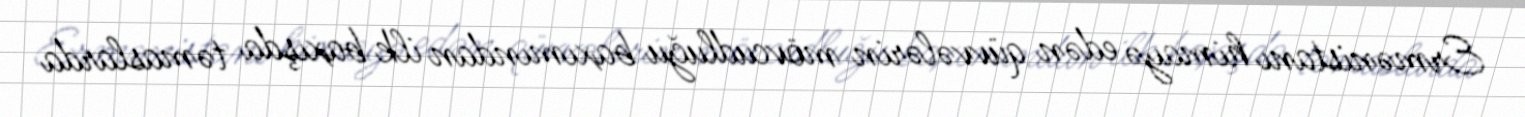
Ermənistanı himayə edən qüvvələrin mövcudluğu baxımından ilk baxışda təmaslarda